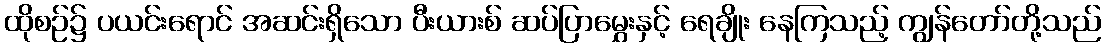
ထိုစဉ်၌ ပယင်းရောင် အဆင်းရှိသော ပီးယားစ် ဆပ်ပြာမွှေးနှင့် ရေချိုး နေကြသည့် ကျွန်တော်တို့သည်